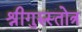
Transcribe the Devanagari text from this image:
श्रीगुरुस्तोत्र